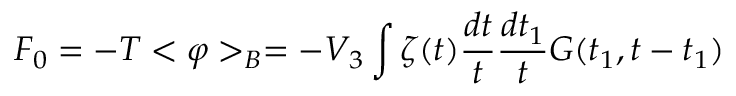
F _ { 0 } = - T < \varphi > _ { B } = - V _ { 3 } \int \zeta ( t ) \frac { d t } { t } \frac { d t _ { 1 } } { t } G ( t _ { 1 } , t - t _ { 1 } )